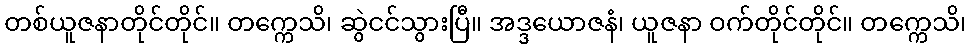
တစ်ယူဇနာတိုင်တိုင်။ တက္ကေသိ၊ ဆွဲငင်သွားပြီ။ အဒ္ဒယောဇနံ၊ ယူဇနာ ဝက်တိုင်တိုင်။ တက္ကေသိ၊